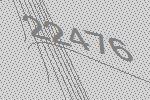
22476